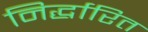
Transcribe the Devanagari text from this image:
निर्द्धारित